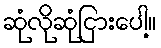
ဆုံလိုဆုံငြားပေါ့။